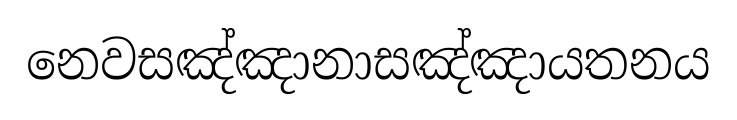
නෙවසඤ්ඤානාසඤ්ඤායතනය